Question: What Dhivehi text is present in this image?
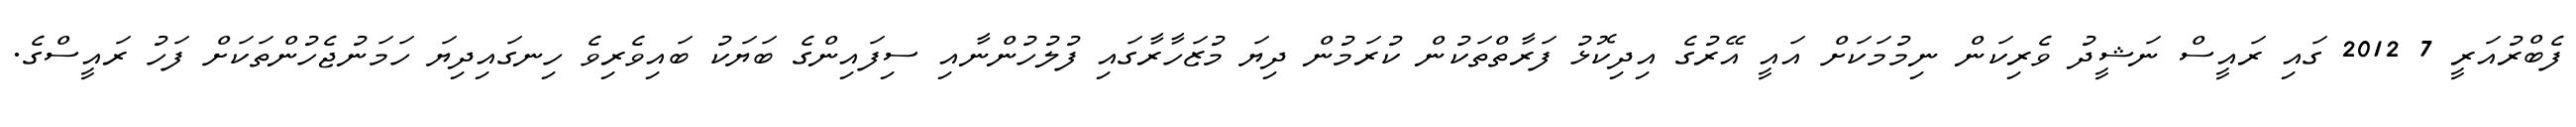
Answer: ފެބްރުއަރީ 7 2012 ގައި ރައީސް ނަޝީދު ވެރިކަން ނިމުމަކަށް އައީ އޭރުގެ އިދިކޮޅު ފަރާތްތަކުން ކުރަމުން ދިޔަ މުޒަހާރާގައި ފުލުހުންނާއި ސިފައިންގެ ބަޔަކު ބައިވެރިވެ ހިނގައިދިޔަ ހަމަނުޖެހުންތަކަށް ފަހު ރައީސްގެ.